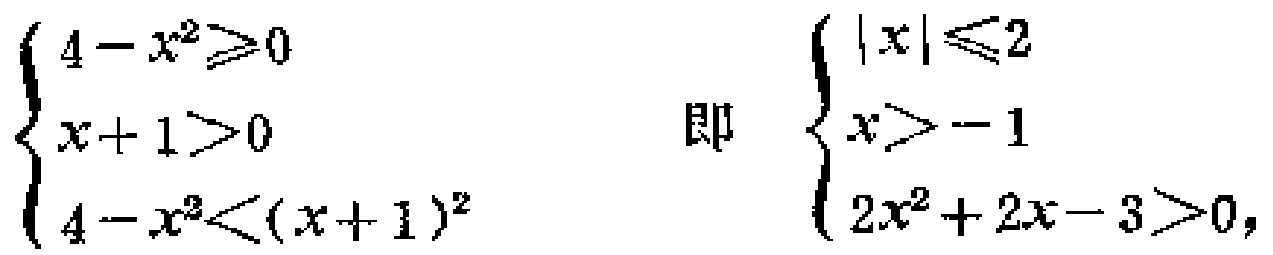
\(\left\{\begin{array}{l}4 - x^{2}\geqslant0\\x + 1>0\\4 - x^{2}<(x + 1)^{2}\end{array}\right.\) 即 \(\left\{\begin{array}{l}|x|\leqslant2\\x>-1\\2x^{2}+2x - 3>0,\end{array}\right.\)